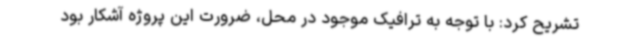
تشریح کرد: با توجه به ترافیک موجود در محل، ضرورت این پروژه آشکار بود